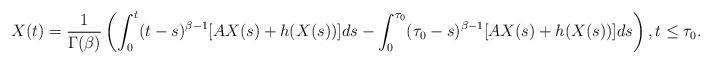
\begin{align*}X(t)=\frac{1}{\Gamma(\beta)}\left(\int_0^{t}(t-s)^{\beta-1}[AX(s)+h(X(s))]ds-\int_0^{\tau_0}(\tau_0-s)^{\beta-1}[AX(s)+h(X(s))]ds\right),t\le\tau_0.\end{align*}